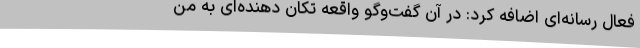
فعال رسانه‌ای اضافه کرد: در آن گفت‌وگو واقعه‌ تکان دهنده‌ای به من